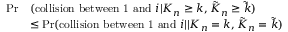
\begin{array} { r l } { \operatorname* { P r } } & { ( \mathrm { c o l l i s i o n ~ b e t w e e n ~ 1 ~ a n d ~ } i | K _ { n } \ge k , \tilde { K } _ { n } \ge \tilde { k } ) } \\ & { \le \operatorname* { P r } ( \mathrm { c o l l i s i o n ~ b e t w e e n ~ 1 ~ a n d ~ } i | | K _ { n } = k , \tilde { K } _ { n } = \tilde { k } ) } \end{array}